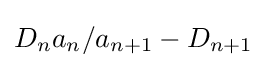
D_{n}a_{n}/a_{n+1}-D_{n+1}